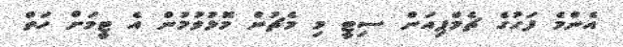
އެންމެ ފަހުގެ ޗެމްޕިއަން ސިޓީ މި މެޗުން މޮޅުވުމުން އެ ޓީމަށް ހަތް